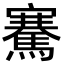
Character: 騫